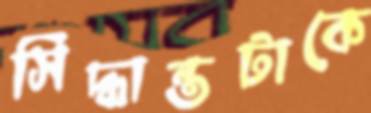
সিদ্ধান্তটাকে